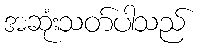
အဆုံးသတ်ပါသည်